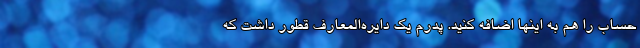
حساب را هم به اینها اضافه کنید. پدرم یک دایره‌المعارف قطور داشت که